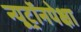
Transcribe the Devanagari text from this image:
न्यूट्रॉनपेक्षा